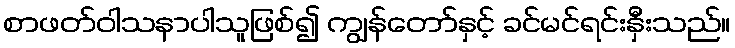
စာဖတ်ဝါသနာပါသူဖြစ်၍ ကျွန်တော်နှင့် ခင်မင်ရင်းနှီးသည်။